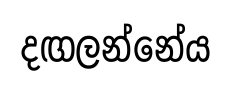
දඟලන්නේය